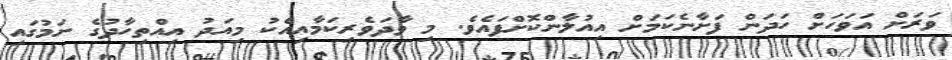
ވަރަށް އަވަހަށް ހަދަން ފަށާނެކަމަށް އިއުލާންކޮށްފައެވެ. މި ވާދަވެރިކަމާއިއެކު މިއަދު އިއްތިހާދުގެ ނަމުގައި